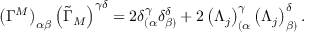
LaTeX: \left( \Gamma ^ { M } \right) _ { \alpha \beta } \left( \tilde { \Gamma } _ { M } \right) ^ { \gamma \delta } = 2 \delta _ { ( \alpha } ^ { \gamma } \delta _ { \beta ) } ^ { \delta } + 2 \left( \Lambda _ { j } \right) _ { ( \alpha } ^ { \gamma } \left( \Lambda _ { j } \right) _ { \beta ) } ^ { \delta } .